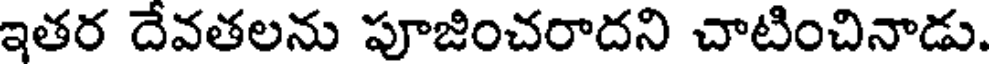
ఇతర దేవతలను పూజించరాదని చాటించినాడు.